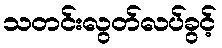
သတင်းလွတ်လပ်ခွင့်